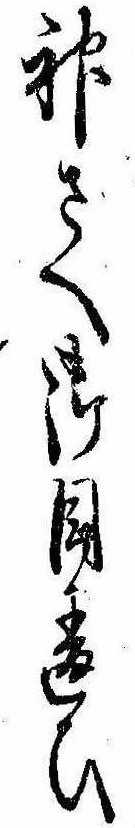
神さへ御目違ひ